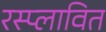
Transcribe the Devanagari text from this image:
रस्प्लावित